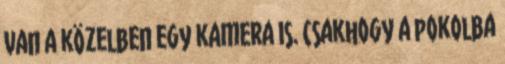
van a közelben egy kamera is. Csakhogy a pokolba